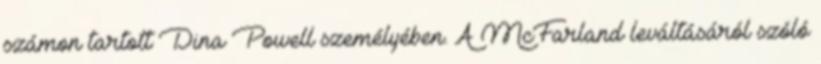
számon tartott Dina Powell személyében. A McFarland leváltásáról szóló